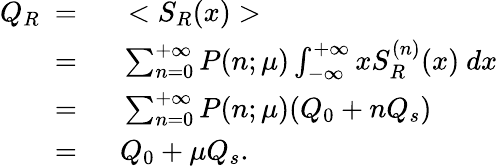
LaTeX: \begin{array}{rl}{Q_{R}\ =\ }&{{}<S_{R}(x)>}\\ {\ =\ }&{{}\sum_{n=0}^{+\infty}P(n;\mu)\int_{-\infty}^{+\infty}xS_{R}^{(n)}(x)\ dx}\\ {\ =\ }&{{}\sum_{n=0}^{+\infty}P(n;\mu)(Q_{0}+nQ_{s})}\\ {\ =\ }&{{}Q_{0}+\mu Q_{s}.}\end{array}